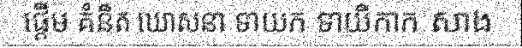
ផ្តើម គំនិត ឃោសនា ទាយក ទាយិកាក សាង